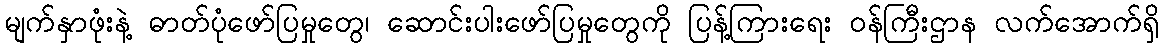
မျက်နှာဖုံးနဲ့ ဓာတ်ပုံဖော်ပြမှုတွေ၊ ဆောင်းပါးဖော်ပြမှုတွေကို ပြန့်ကြားရေး ဝန်ကြီးဌာန လက်အောက်ရှိ